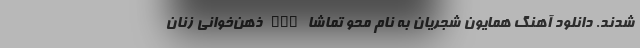
شدند. دانلود آهنگ همایون شجریان به نام محو تماشا nan ذهن‌خوانی زنان